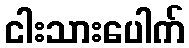
ငါးသားပေါက်